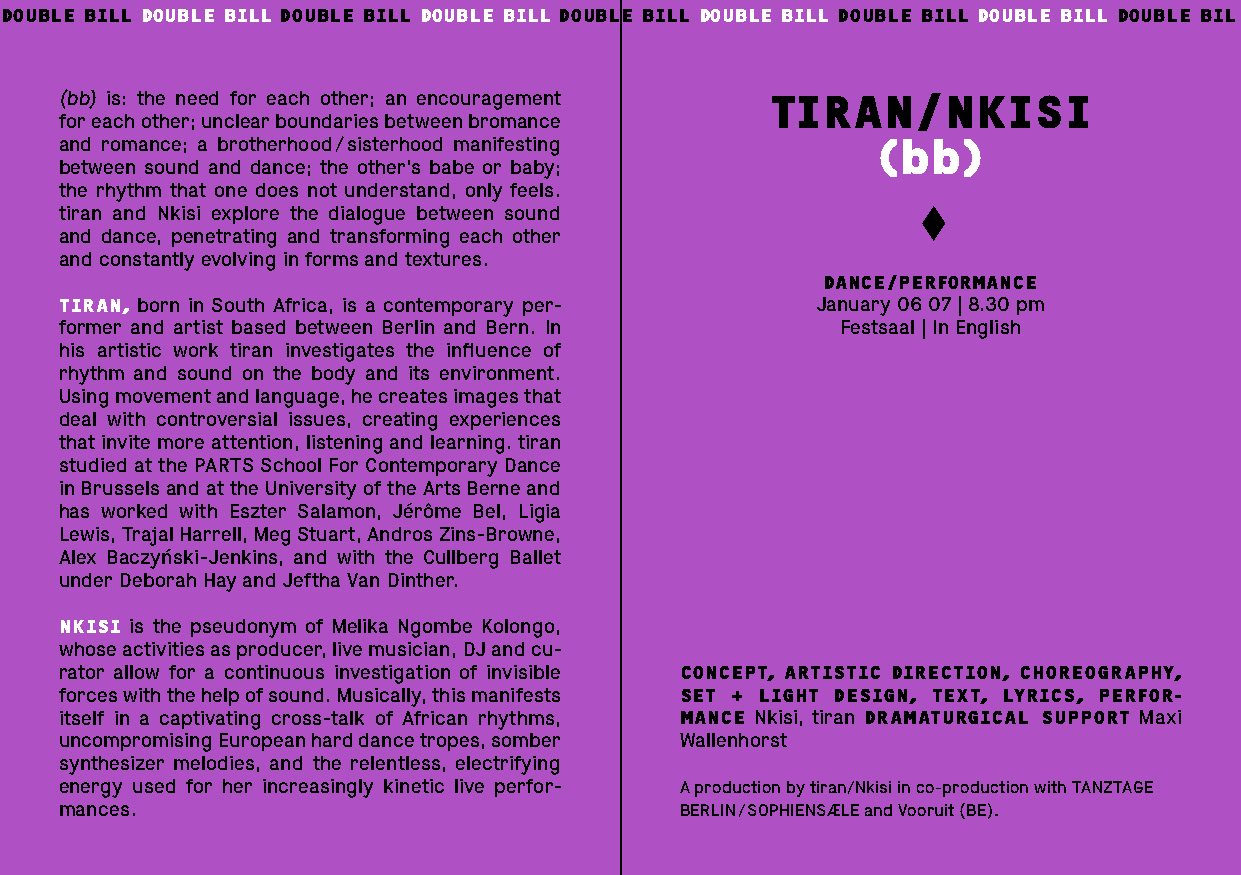
DOUBLE BILL DOUBLE BILL DOUBLE BILL DOUBLE BILL DOUBLE BILL DOUBLE BILL DOUBLE BILL DOUBLE BILL DOUBLE BIL
 (bb) is: the need for each other; an encouragement TIRAN/NKISI
 for each other; unclear boundaries between bromance
 and romance; a brotherhood / sisterhood manifesting   (bb)
 between sound and dance; the other’s babe or baby;
 the rhythm that one does not understand, only feels.
 tiran and Nkisi explore the dialogue between sound
 and dance, penetrating and transforming each other
 and constantly evolving in forms and textures.
 DANCE/PERFORMANCE
 TIRAN, born in South Africa, is a contemporary per- January 06 07 | 8.30 pm
 former and artist based between Berlin and Bern. In Festsaal | In English
 his artistic work tiran investigates the influence of
 rhythm and sound on the body and its environment.
 Using movement and language, he creates images that
 deal with controversial issues, creating experiences
 that invite more attention, listening and learning. tiran
 studied at the PARTS School For Contemporary Dance
 in Brussels and at the University of the Arts Berne and
 has worked with Eszter Salamon, Jérôme Bel, Ligia
 Lewis, Trajal Harrell, Meg Stuart, Andros Zins-Browne,
 Alex Baczyński-Jenkins, and with the Cullberg Ballet
 under Deborah Hay and Jeftha Van Dinther.
 NKISI is the pseudonym of Melika Ngombe Kolongo,
 whose activities as producer, live musician, DJ and cu-
 rator allow for a continuous investigation of invisible CONCEPT, ARTISTIC DIRECTION, CHOREOGRAPHY,
 forces with the help of sound. Musically, this manifests SET + LIGHT DESIGN, TEXT, LYRICS, PERFOR-
 itself in a captivating cross-talk of African rhythms, MANCE Nkisi, tiran DRAMATURGICAL SUPPORT Maxi
 uncompromising European hard dance tropes, somber Wallenhorst
 synthesizer melodies, and the relentless, electrifying
 energy used for her increasingly kinetic live perfor- A production by tiran/Nkisi in co-production with TANZTAGE
 mances.                                  BERLIN / SOPHIENSÆLE and Vooruit (BE).